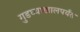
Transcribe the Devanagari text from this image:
गुडघ्याखालपर्यंत